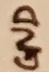
Text: GND